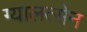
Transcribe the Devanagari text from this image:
ग्यालत्सेन